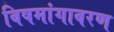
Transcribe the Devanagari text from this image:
विषमांगावरण